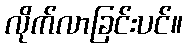
လိုက်လာခြင်းပင်။